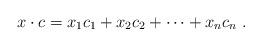
LaTeX: \begin{align*} {x}\cdot {c}=x_1c_1+x_2c_2+\cdots+x_nc_n\ .\end{align*}